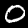
Digit: 0